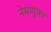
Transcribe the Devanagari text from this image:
नेमणूका